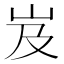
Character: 岌